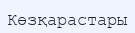
Көзқарастары